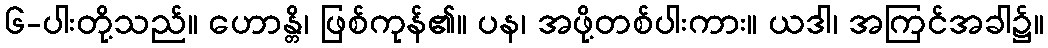
၆-ပါးတို့သည်။ ဟောန္တိ၊ ဖြစ်ကုန်၏။ ပန၊ အဖို့တစ်ပါးကား။ ယဒါ၊ အကြင်အခါ၌။